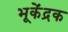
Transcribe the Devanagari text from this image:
भूकेंद्रक